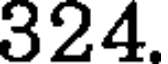
324.